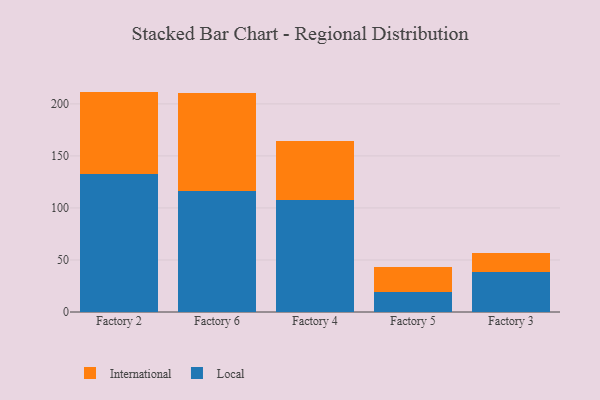
{"axis": {"x": "Factory", "y": "Operating Costs (USD K)"}, "legend": ["International", "Local"], "data": [{"x": "Factory 2", "y": 132.4, "type": "Local"}, {"x": "Factory 2", "y": 79.4, "type": "International"}, {"x": "Factory 6", "y": 116.2, "type": "Local"}, {"x": "Factory 6", "y": 94.2, "type": "International"}, {"x": "Factory 4", "y": 107.2, "type": "Local"}, {"x": "Factory 4", "y": 57.0, "type": "International"}, {"x": "Factory 5", "y": 18.8, "type": "Local"}, {"x": "Factory 5", "y": 24.1, "type": "International"}, {"x": "Factory 3", "y": 38.5, "type": "Local"}, {"x": "Factory 3", "y": 18.3, "type": "International"}]}